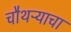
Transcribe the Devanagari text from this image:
चौथऱ्याचा